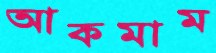
আকমাম